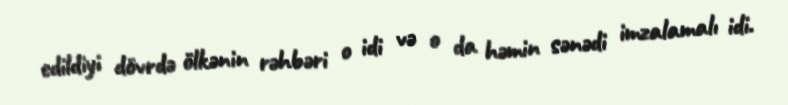
edildiyi dövrdə ölkənin rəhbəri o idi və o da həmin sənədi imzalamalı idi.